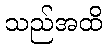
သည်အထိ